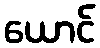
ယောင်